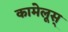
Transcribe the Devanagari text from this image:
कामेलूस्